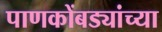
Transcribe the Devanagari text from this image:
पाणकोंबड्यांच्या